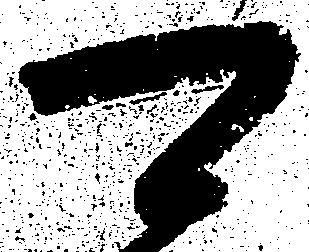
可